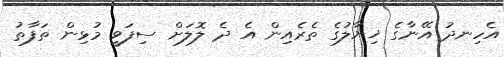
އެހިނދު އޭނާގެ ޚިޔާލުގެ ތެރެއިން އެ ދެ ލޮލަށް ސިފަވީ މުޅިން ތަފާތު